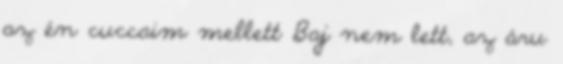
az én cuccaim mellett Baj nem lett, az áru